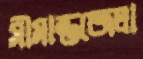
সীমান্তজেলা